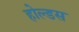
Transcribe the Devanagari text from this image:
होल्डस